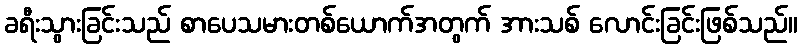
ခရီးသွားခြင်းသည် စာပေသမားတစ်ယောက်အတွက် အားသစ် လောင်းခြင်းဖြစ်သည်။